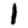
Digit: 1